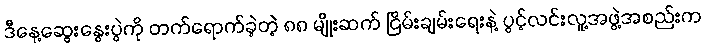
ဒီနေ့ဆွေးနွေးပွဲကို တက်ရောက်ခဲ့တဲ့ ၈၈ မျိုးဆက် ငြိမ်းချမ်းရေးနဲ့ ပွင့်လင်းလူ့အဖွဲ့အစည်းက